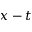
x - t